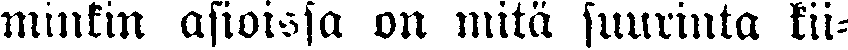
minkin asioissa on niitä suurinta kii-